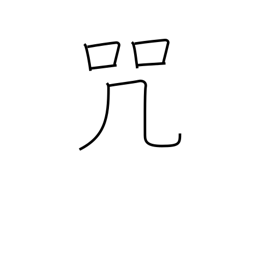
Meaning: malediction